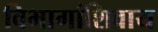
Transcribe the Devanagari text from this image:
विभागांशिवाय